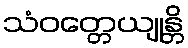
သံဝတ္တေယျုန္တိ